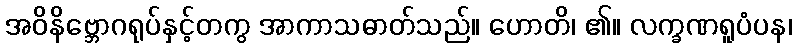
အဝိနိဗ္ဘောဂရုပ်နှင့်တကွ အာကာသဓာတ်သည်။ ဟောတိ၊ ၏။ လက္ခဏရူပံပန၊